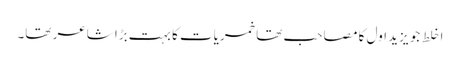
اخلط جو یزید اول کا مصاحب تھا خمریات کا بہت بڑا شاعر تھا۔